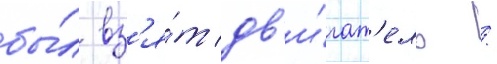
бы́л вз'я́т дв'и́гат'ель /